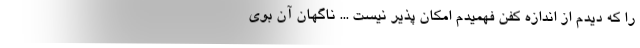
را که دیدم از اندازه کفن فهمیدم امکان پذیر نیست ... ناگهان آن بوی